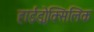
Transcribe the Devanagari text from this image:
हाईड्रोक्सिलिक